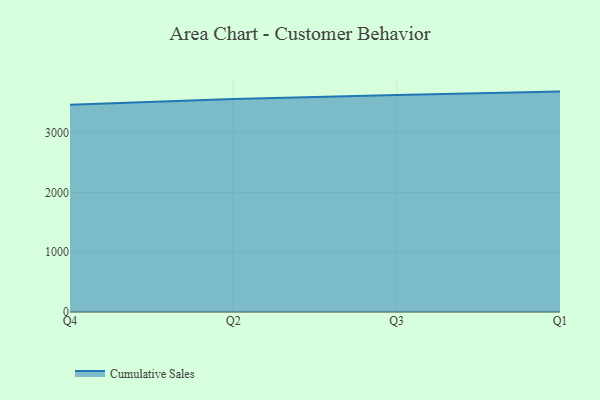
{"axis": {"x": "Quarter", "y": "Tickets Resolved"}, "legend": ["Cumulative Sales"], "data": [{"x": "Q4", "y": 3461.4, "type": "Cumulative Sales"}, {"x": "Q2", "y": 3557.1, "type": "Cumulative Sales"}, {"x": "Q3", "y": 3626.9, "type": "Cumulative Sales"}, {"x": "Q1", "y": 3682.6, "type": "Cumulative Sales"}]}